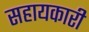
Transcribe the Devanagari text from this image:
सहायकारी